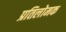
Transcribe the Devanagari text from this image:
प्रतिलोमक